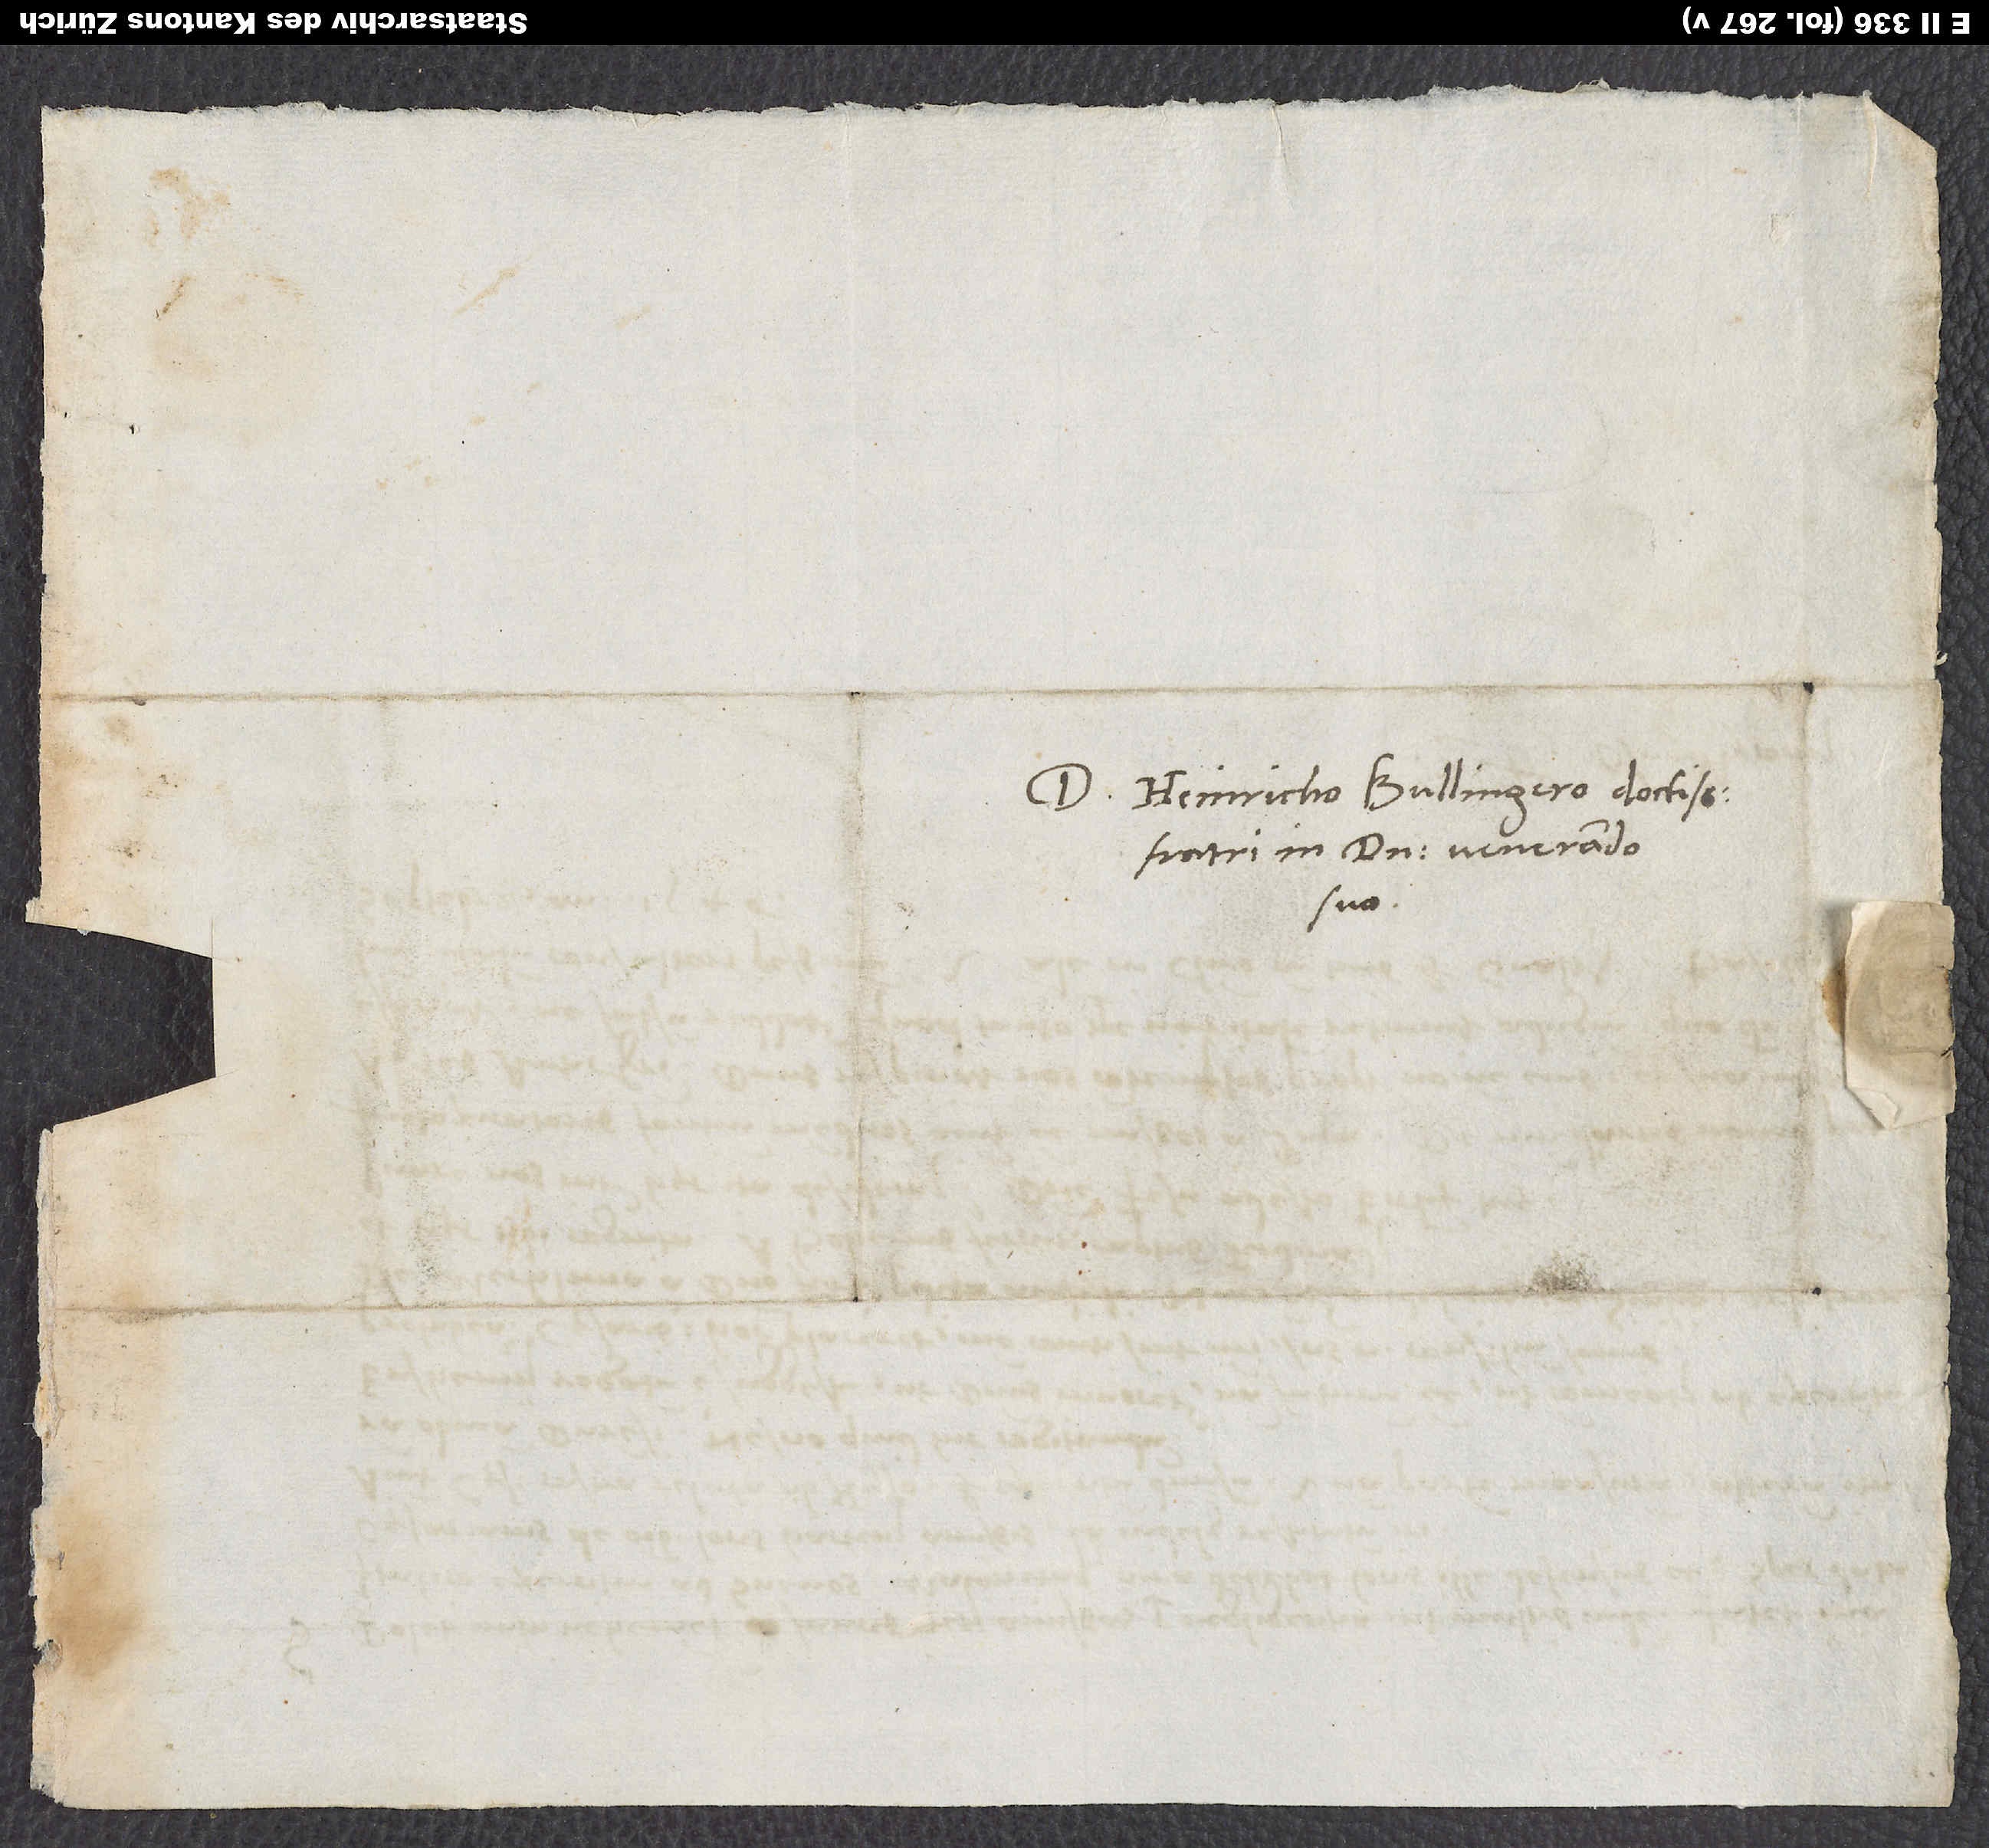
D. Heinricho Bullingero, doctissimo
fratri in domino venerando
suo.